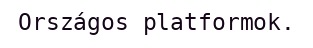
Országos platformok.